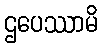
ဌပေဿာမိ